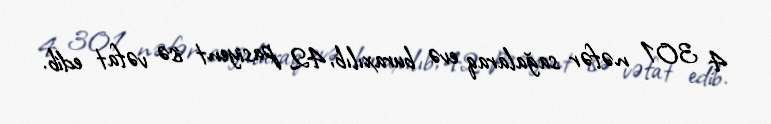
4 301 nəfər sağalaraq evə buraxılıb, 42 pasiyent isə vəfat edib.